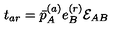
t _ { a r } = \bar { p } _ { A } ^ { ( a ) } e _ { B } ^ { ( r ) } { \cal E } _ { A B }